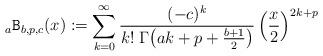
LaTeX: \begin{align*}{}_a\mathtt{B}_{b, p, c}(x):= \sum_{k=0}^\infty \frac{(-c)^k}{k! \; \mathrm{\Gamma}{\left( a k +p+\frac{b+1}{2}\right)} } \left(\frac{x}{2}\right)^{2k+p}\end{align*}